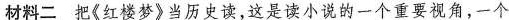
材料二 把《红楼梦》当历史读，这是读小说的一个重要视角，一个